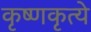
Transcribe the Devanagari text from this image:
कृष्णकृत्ये